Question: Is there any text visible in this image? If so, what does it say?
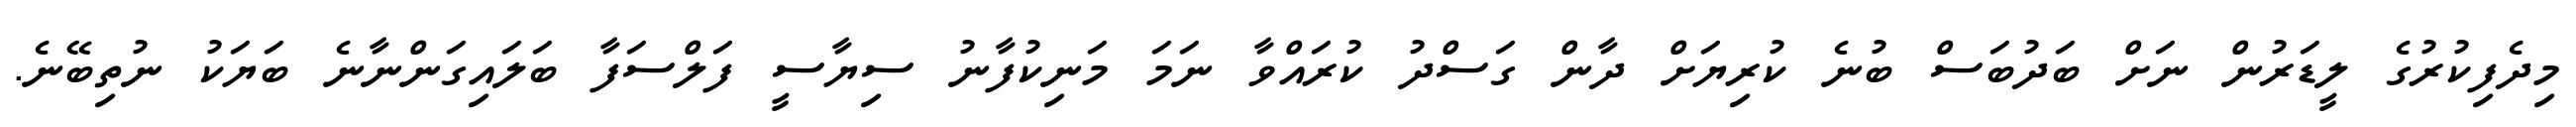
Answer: މިދެފިކުރުގެ ލީޑަރުން ނަށް ބަދުބަސް ބުނެ ކުރިޔަށް ދާން ގަސްދު ކުރައްވާ ނަމަ މަނިކުފާނު ސިޔާސީ ފަލްސަފާ ބަލައިގަންނާނެ ބަޔަކު ނުތިބޭނެ.